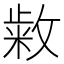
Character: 𭤆